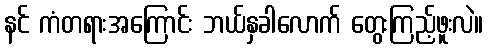
နင် ကံတရားအကြောင်း ဘယ်နှခါလောက် တွေးကြည့်ဖူးလဲ။